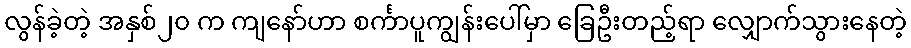
လွန်ခဲ့တဲ့ အနှစ်၂၀ က ကျနော်ဟာ စင်္ကာပူကျွန်းပေါ်မှာ ခြေဦးတည့်ရာ လျှောက်သွားနေတဲ့